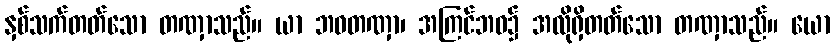
နှစ်သက်တတ်သော တဏှာသည်။ ယာ ဘဝတဏှာ၊ အကြင်ဘဝ၌ အလိုရှိတတ်သော တဏှာသည်။ ယော